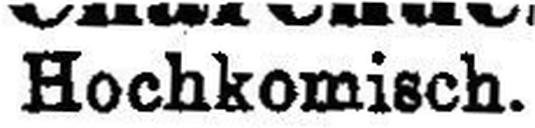
Hochkomisch.